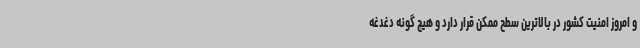
و امروز امنیت کشور در بالاترین سطح ممکن قرار دارد و هیچ گونه دغدغه